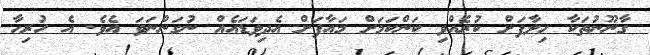
ގާނޫނުތަކާ ހިލާފަށް ކުރެއްވި ކަންކަމަށް މައާފަށް އެދިވަޑައެއް ނުގަންނަވަ އެވެ. އެ ހުރިހާ